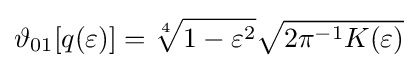
\vartheta _{01}[q(\varepsilon )]={\sqrt[{4}]{1-\varepsilon ^{2}}}{\sqrt {2\pi ^{-1}K(\varepsilon )}}